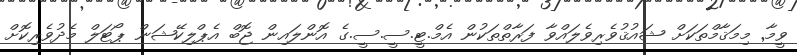
ވީމާ